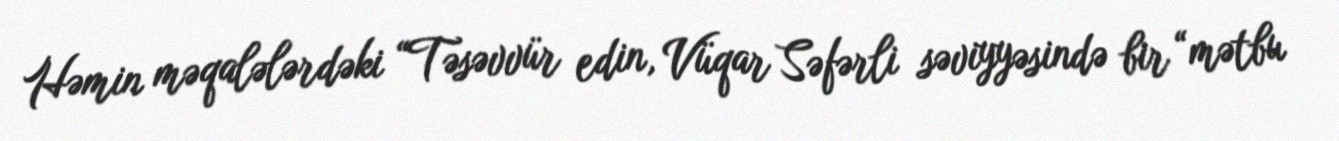
Həmin məqalələrdəki “Təsəvvür edin, Vüqar Səfərli səviyyəsində bir “mətbu